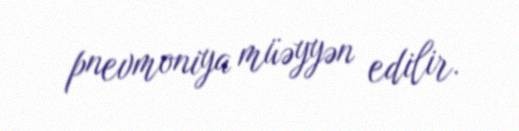
pnevmoniya müəyyən edilir.